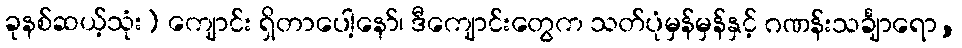
ခုနစ်ဆယ့်သုံး) ကျောင်း ရှိတာပေါ့နော်၊ ဒီကျောင်းတွေက သတ်ပုံမှန်မှန်နှင့် ဂဏန်းသင်္ချာရော,